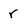
Character: r